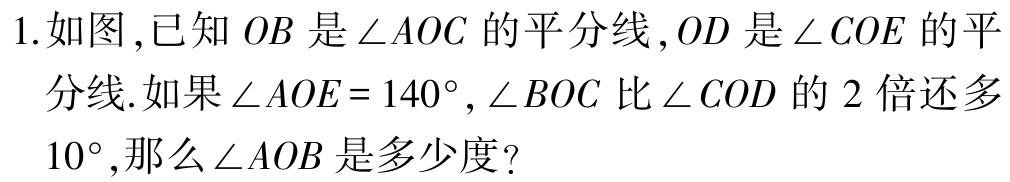
1. 如图，已知 \(OB\) 是 \(\angle AOC\) 的平分线，\(OD\) 是 \(\angle COE\) 的平分线. 如果 \(\angle AOE = 140^{\circ}\)，\(\angle BOC\) 比 \(\angle COD\) 的 \(2\) 倍还多 \(10^{\circ}\)，那么 \(\angle AOB\) 是多少度？